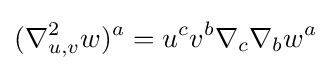
(\nabla _{u,v}^{2}w)^{a}=u^{c}v^{b}\nabla _{c}\nabla _{b}w^{a}